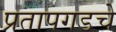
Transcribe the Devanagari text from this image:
प्रतापगडचे